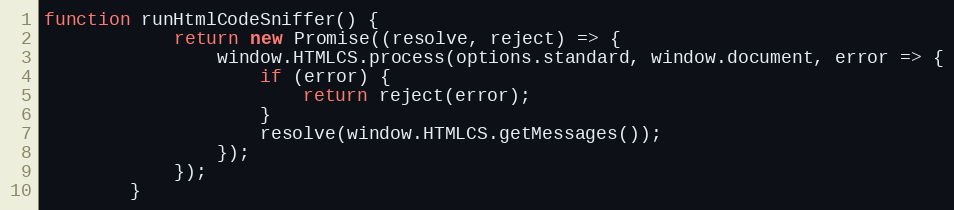
Language: JavaScript
function runHtmlCodeSniffer() {
			return new Promise((resolve, reject) => {
				window.HTMLCS.process(options.standard, window.document, error => {
					if (error) {
						return reject(error);
					}
					resolve(window.HTMLCS.getMessages());
				});
			});
		}